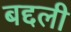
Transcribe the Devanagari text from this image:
बद्दली